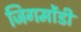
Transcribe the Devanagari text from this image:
जिगमोंडी